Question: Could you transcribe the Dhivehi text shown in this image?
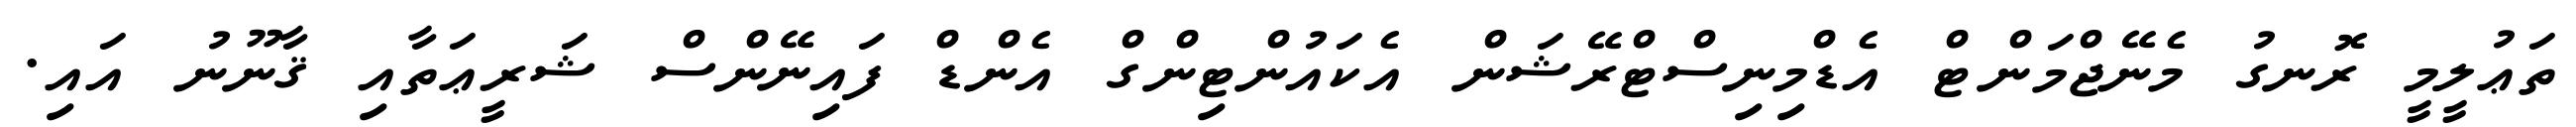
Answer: ތަޢުލީމީ ރޮނގު މެނޭޖްމަންޓް އެޑްމިނިސްޓްރޭޝަން އެކައުންޓިންގް އެންޑް ފައިނޭންސް ޝަރީޢަތާއި ޤާނޫނު އައި.